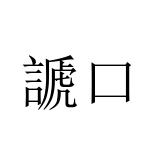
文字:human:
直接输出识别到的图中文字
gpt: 謕口